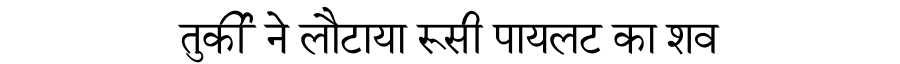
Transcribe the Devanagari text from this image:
तुर्की ने लौटाया रूसी पायलट का शव